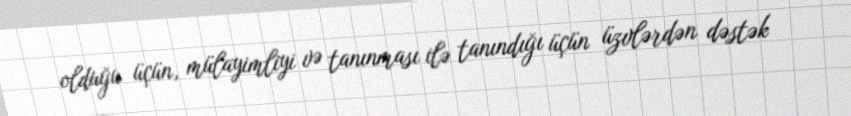
olduğu üçün, mülayimliyi və tanınması ilə tanındığı üçün üzvlərdən dəstək